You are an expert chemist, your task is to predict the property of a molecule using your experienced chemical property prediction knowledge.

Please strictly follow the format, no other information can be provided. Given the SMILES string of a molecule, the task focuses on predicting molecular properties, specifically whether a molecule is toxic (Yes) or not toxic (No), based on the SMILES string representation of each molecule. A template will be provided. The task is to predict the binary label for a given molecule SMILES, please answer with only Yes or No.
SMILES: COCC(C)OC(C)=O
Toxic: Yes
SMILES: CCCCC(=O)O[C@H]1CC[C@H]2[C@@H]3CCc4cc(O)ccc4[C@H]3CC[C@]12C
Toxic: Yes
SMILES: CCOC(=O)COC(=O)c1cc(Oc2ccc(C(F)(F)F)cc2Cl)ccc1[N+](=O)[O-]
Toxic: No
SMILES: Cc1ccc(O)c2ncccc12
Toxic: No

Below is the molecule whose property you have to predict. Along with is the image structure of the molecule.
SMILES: CC(=O)C=C(C)C
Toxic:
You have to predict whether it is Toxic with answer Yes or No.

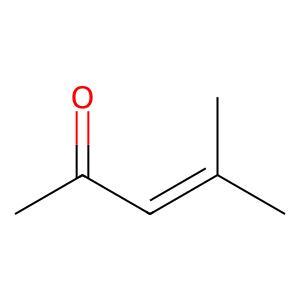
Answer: No